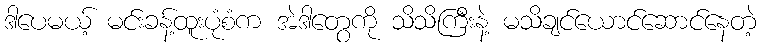
ဒါပေမယ့် မင်းခန့်ထူးပုံစံက အဲဒါတွေကို သိသိကြီးနဲ့ မသိချင်ယောင်ဆောင်နေတဲ့